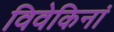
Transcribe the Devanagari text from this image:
विवेकिनां